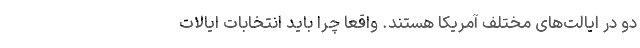
دو در ایالت‌های مختلف آمریکا هستند. واقعا چرا باید انتخابات ایالات